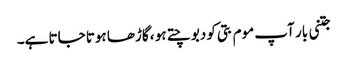
جتنی بار آپ موم بتی کو دبوچتے ہو ، گاڑھا ہوتا جاتا ہے۔